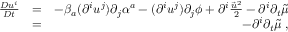
\begin{array} { r l r } { \frac { D u ^ { i } } { D t } } & { = } & { - \beta _ { a } ( \partial ^ { i } u ^ { j } ) \partial _ { j } \alpha ^ { a } - ( \partial ^ { i } u ^ { j } ) \partial _ { j } \phi + \partial ^ { i } \frac { \vec { u } ^ { 2 } } { 2 } - \partial ^ { i } \partial _ { t } \tilde { \mu } } \\ & { = } & { - \partial ^ { i } \partial _ { t } \tilde { \mu } \; , } \end{array}